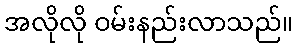
အလိုလို ဝမ်းနည်းလာသည်။